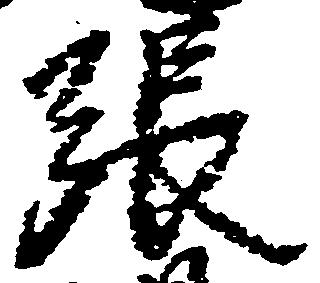
張